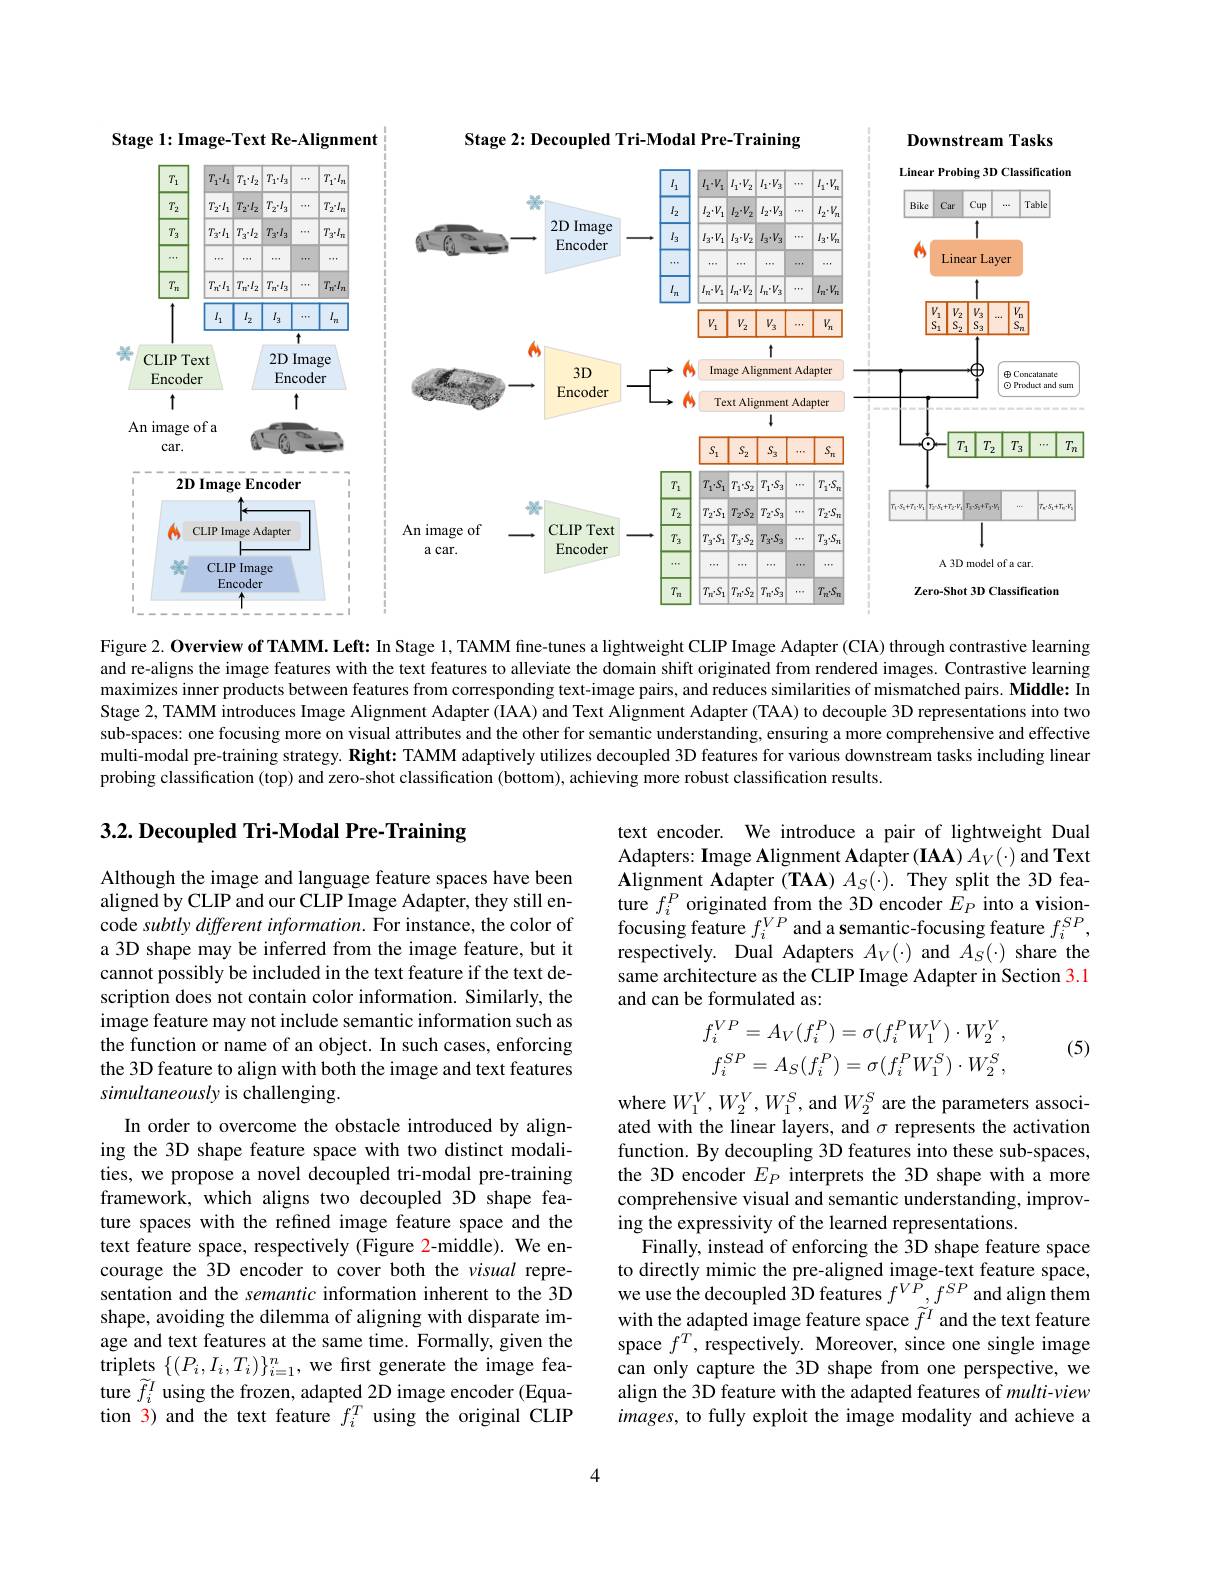
<FigureHere>

Figure 2. Overview of TAMM. Left: In Stage 1, TAMM fine-tunes a lightweight CLIP Image Adapter (CIA) through contrastive learning

and re-aligns the image features with the text features to alleviate the domain shift originated from rendered images. Contrastive learning maximizes inner products between features from corresponding text-image pairs, and reduces similarities of mismatched pairs. Middle: In Stage 2, TAMM introduces Image Alignment Adapter (IAA) and Text Alignment Adapter (TAA) to decouple 3D representations into two sub-spaces: one focusing more on visual attributes and the other for semantic understanding, ensuring a more comprehensive and effective multi-modal pre-training strategy. Right: TAMM adaptively utilizes decoupled 3D features for various downstream tasks including linear probing classification (top) and zero-shot classification (bottom), achieving more robust classification results.

# 3.2. Decoupled Tri-Modal Pre-Training

text encoder. We introduce a pair of lightweight Dual Adapters: Image Alignment Adapter (IAA) $A_V(\cdot)$ and Text $\mathbf{Alignment~Adapter~(TAA)~}A_{S}(\cdot).$They split the 3D feature $f_i^P$ originated from the 3D encoder $E_P$ into a visionfocusing feature $f_i^{VP}$ and a semantic-focusing feature $f_i^{SP}$, respectively. Dual Adapters $A_V(\cdot)$ and $A_S(\cdot)$ share the same architecture as the CLIP Image Adapter in Section 3.1 and can be formulated as:

Although the image and language feature spaces have been aligned by CLIP and our CLIP Image Adapter, they still encode subtly different information. For instance, the color of a 3D shape may be inferred from the image feature, but it cannot possibly be included in the text feature if the text description does not contain color information. Similarly, the image feature may not include semantic information such as the function or name of an object. In such cases, enforcing the 3D feature to align with both the image and text features simultaneously is challenging.

(5)
$$\begin{aligned}f_i^{VP}&=A_V(f_i^P)=\sigma(f_i^PW_1^V)\cdot W_2^V,\\f_i^{SP}&=A_S(f_i^P)=\sigma(f_i^PW_1^S)\cdot W_2^S,\end{aligned}$$
In order to overcome the obstacle introduced by aligning the 3D shape feature space with two distinct modalities, we propose a novel decoupled tri-modal pre-training framework, which aligns two decoupled 3D shape feature spaces with the refined image feature space and the text feature space, respectively (Figure 2-middle). We encourage the 3D encoder to cover both the visual representation and the semantic information inherent to the 3D shape, avoiding the dilemma of aligning with disparate image and text features at the same time. Formally, given the triplets $\{(P_{i},I_{i},T_{i})\}_{i=1}^{n}$, we first generate the image feature $\widetilde f_i^I$ using the frozen, adapted 2D image encoder (Equation 3) and the text feature $f_i^T$ using the original CLIP

where $W_1^V,W_2^V,W_1^S$, and $W_2^S$ are the parameters associated with the linear layers, and $\sigma$ represents the activation function. By decoupling 3D features into these sub-spaces, the 3D encoder $E_P$ interprets the 3D shape with a more comprehensive visual and semantic understanding, improving the expressivity of the learned representations.
Finally, instead of enforcing the 3D shape feature space to directly mimic the pre-aligned image-text feature space, we use the decoupled 3D features $f^{VP}_{\sim}f^{SP}$ and align them with the adapted image feature space $\widetilde{f}^I$ and the text feature space $f^T$, respectively. Moreover, since one single image can only capture the 3D shape from one perspective, we align the 3D feature with the adapted features of multi-view $images$, to fully exploit the image modality and achieve a

4